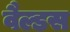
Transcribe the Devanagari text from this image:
वैल्डस